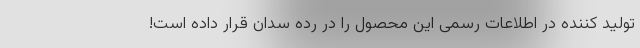
تولید کننده در اطلاعات رسمی این محصول را در رده سدان قرار داده است!